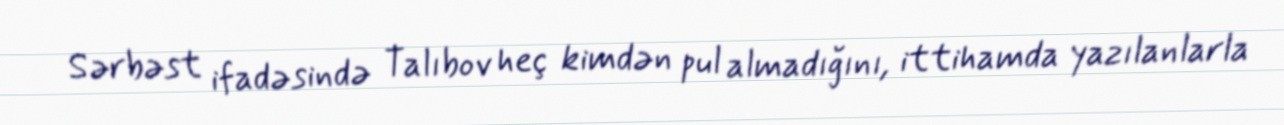
Sərbəst ifadəsində Talıbov heç kimdən pul almadığını, ittihamda yazılanlarla